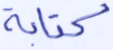
كتابة